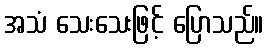
အသံ သေးသေးဖြင့် ပြောသည်။